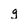
Character: g